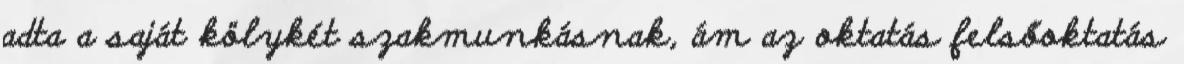
adta a saját kölykét szakmunkásnak, ám az oktatás felsőoktatás